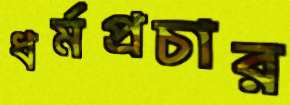
ধর্মপ্রচার